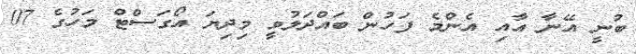
ބުނީ އޭނާ އާއި އެންމެ ފަހުން ބައްދަލުވީ މިދިޔަ އޯގަސްޓް މަހުގެ 07